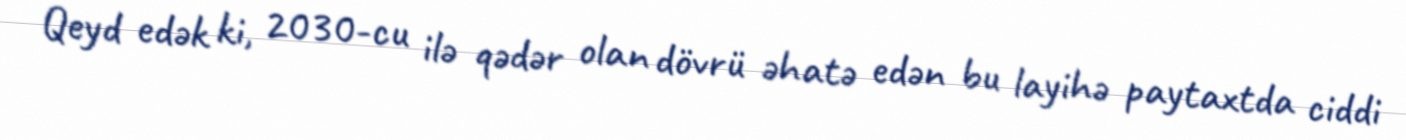
Qeyd edək ki, 2030-cu ilə qədər olan dövrü əhatə edən bu layihə paytaxtda ciddi